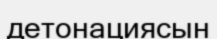
детонациясын